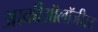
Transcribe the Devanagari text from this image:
आर्कीऑलॉजीस्ट